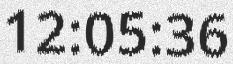
12:05:36